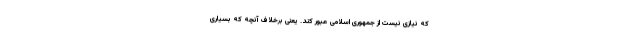
که نیازی نیست از جمهوری اسلامی عبور کند. یعنی برخلاف آنچه که بسیاری